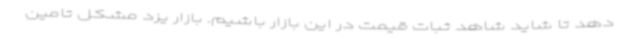
دهد تا شاید شاهد ثبات قیمت در این بازار باشیم. بازار یزد مشکل تامین